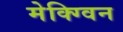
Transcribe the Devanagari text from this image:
मेक्ग्विन